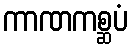
ကာဏကစ္ဆပံ